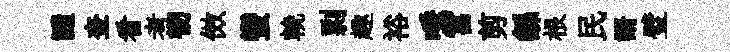
譴奎看考韧傚蠻輓剽趣裕唾宫剪繇根民諝璧